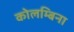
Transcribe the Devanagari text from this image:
कोलम्बिना